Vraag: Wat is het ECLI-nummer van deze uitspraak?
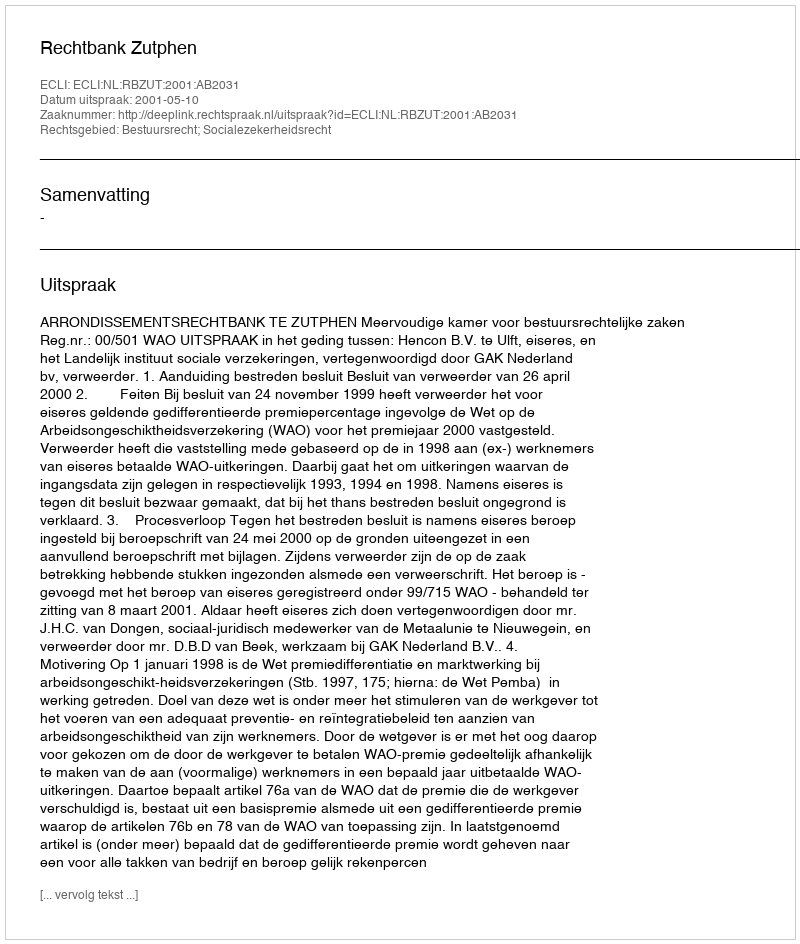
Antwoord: ECLI:NL:RBZUT:2001:AB2031